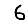
Digit: 6